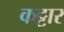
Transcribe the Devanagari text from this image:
कट्टार